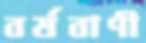
বর্ষবাণী